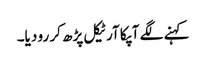
کہنے لگے آپکا آرٹیکل پڑھ کر رو دیا۔